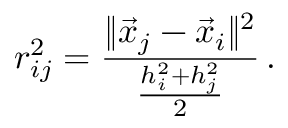
r _ { i j } ^ { 2 } = \frac { \| \vec { x } _ { j } - \vec { x } _ { i } \| ^ { 2 } } { \frac { h _ { i } ^ { 2 } + h _ { j } ^ { 2 } } { 2 } } \, .